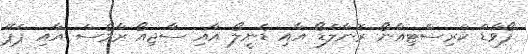
ފޯވާޑް ކްރިސްޓިއާނޯ ރޮނާލްޑޯ އާއި ޑެނީލޯ އާއި ސާޖިއޯ ރާމޯސް އާއި ޕެޕޭ